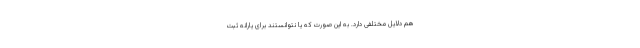
هم دلایل مختلفی دارد. به این صورت که یا نتوانستند برای یارانه ثبت